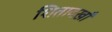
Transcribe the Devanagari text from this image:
शितावख़ाँ